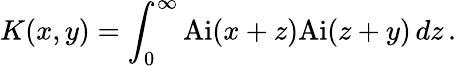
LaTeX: K(x,y)=\int_{0}^{\infty}\mathrm{Ai}(x+z)\mathrm{Ai}(z+y)\, dz\, .